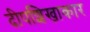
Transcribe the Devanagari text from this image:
दीपशिखाकार